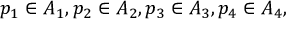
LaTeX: p _ { 1 } \in A _ { 1 } , p _ { 2 } \in A _ { 2 } , p _ { 3 } \in A _ { 3 } , p _ { 4 } \in A _ { 4 } ,